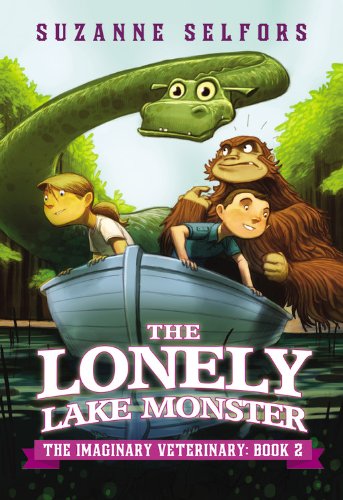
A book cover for The Lonely Lake Monster (The Imaginary Veterinary); Suzanne Selfors; Children's Books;